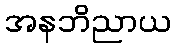
အနဘိညာယ